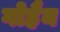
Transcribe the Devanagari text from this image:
गोहैन